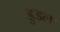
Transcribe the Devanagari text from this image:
डुडल